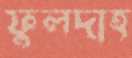
ফুলদাহ